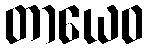
တာယေဝ